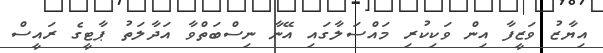
އިޔާޒު ވަޒީފާ އިން ވަކިކުރި މައްސަލާގައި އޭނާ ނިސްބަތްވާ އަދާލަތު ޕާޓީގެ ރައީސް